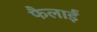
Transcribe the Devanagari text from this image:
फैलाईं